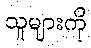
သူများကို